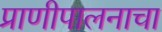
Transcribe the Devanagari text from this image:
प्राणीपालनाचा